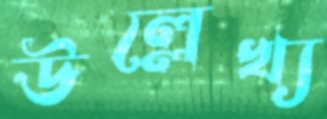
উল্লেখ্য